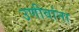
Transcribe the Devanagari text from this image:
उणीवांना